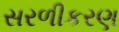
સરળીકરણ